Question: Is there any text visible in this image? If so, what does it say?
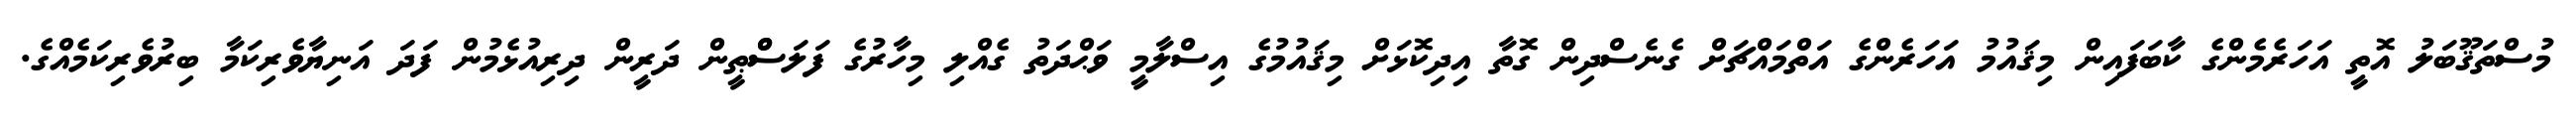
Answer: މުސްތަޤޫބަލު އޮތީ އަހަރެމެންގެ ކާބަފައިން މިޤައުމު އަހަރެންގެ އަތްމައްޗަށް ގެނެސްދިން ގޮތާ އިދިކޮޅަށް މިޤައުމުގެ އިސްލާމީ ވަޙްދަތު ގެއްލި މިހާރުގެ ފަލަސްްޠީން ދަރީން ދިރިއުޅެމުން ފަދަ އަނިޔާވެރިކަމާ ބިރުވެރިކަމެއްގެ.